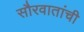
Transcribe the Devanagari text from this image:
सौरवातांची